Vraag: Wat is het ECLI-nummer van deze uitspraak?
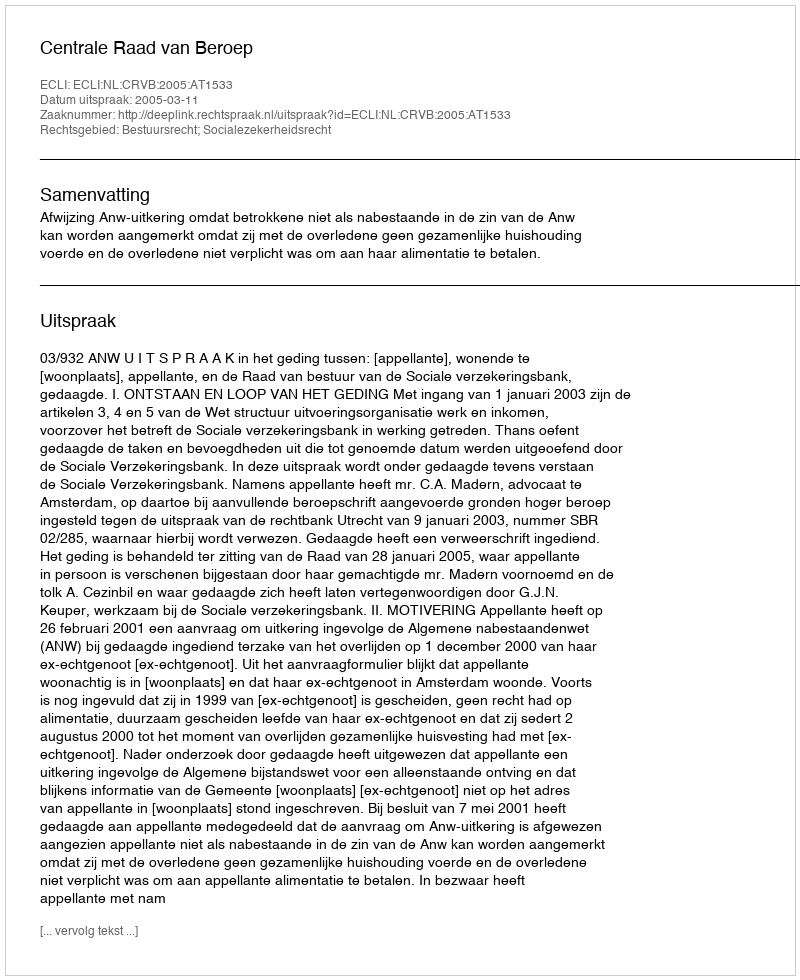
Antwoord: ECLI:NL:CRVB:2005:AT1533